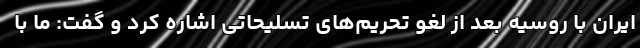
ایران با روسیه بعد از لغو تحریم‌های تسلیحاتی اشاره کرد و گفت: ما با